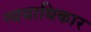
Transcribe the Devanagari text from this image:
न्ययाधिकार